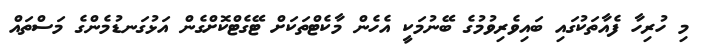
މި ހުރިހާ ފެއާތަކުގައި ބައިވެރިވުމުގެ ބޭނުމަކީ އެހެން މާކެޓްތަކަށް ޓޭގެޓްކޮށްގެން އަޅުގަނޑުމެންގެ މަސްތައް